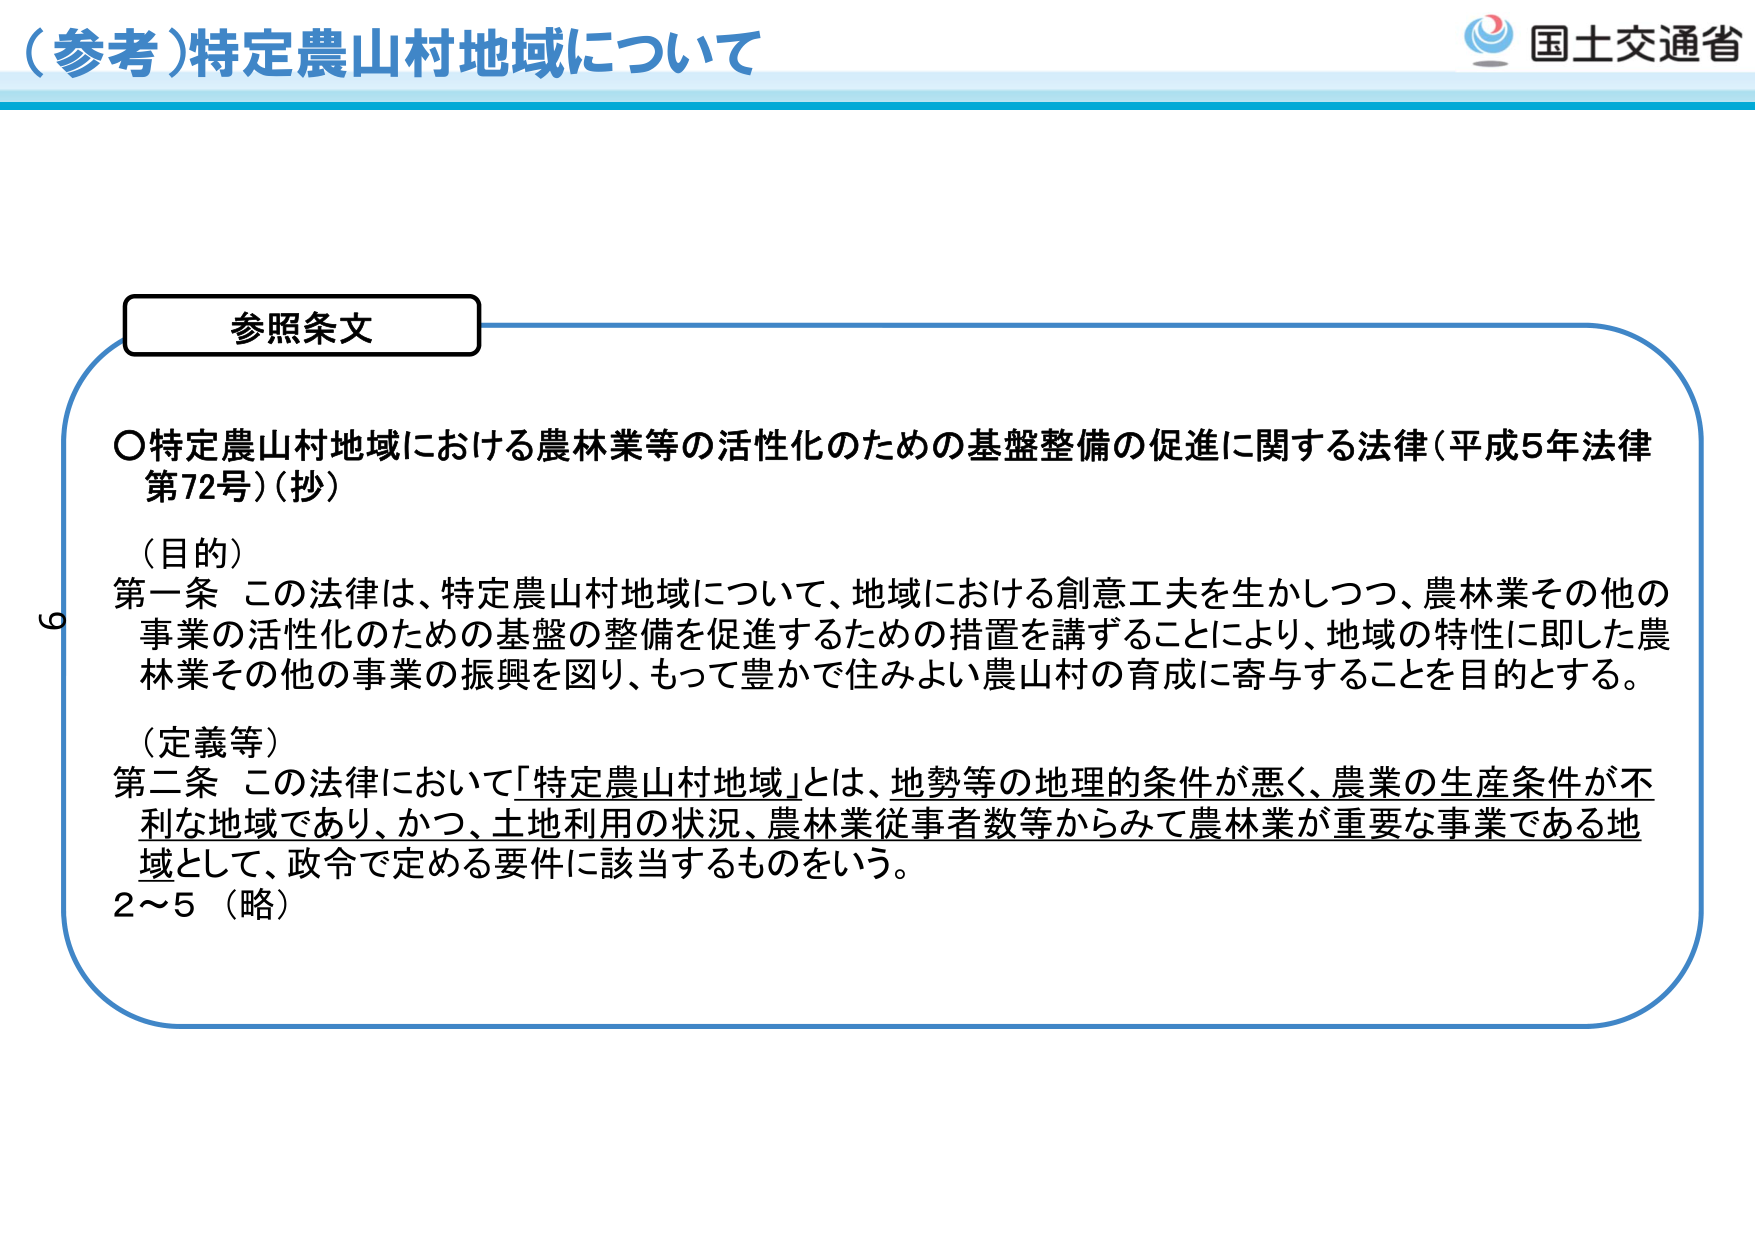
（参考）特定農山村地域について

参照条文

○特定農山村地域における農林業等の活性化のための基盤整備の促進に関する法律（平成5年法律第72号）（抄）

（目的）
第一条 この法律は、特定農山村地域について、地域における創意工夫を生かしつつ、農林業その他の事業の活性化のための基盤の整備を促進するための措置を講ずることにより、地域の特性に即した農林業その他の事業の振興を図り、もって豊かで住みよい農山村の育成に寄与することを目的とする。

（定義等）
第二条 この法律において「特定農山村地域」とは、地勢等の地理的条件が悪く、農業の生産条件が不利な地域であり、かつ、土地利用の状況、農林業従事者数等からみて農林業が重要な事業である地域として、政令で定める要件に該当するものをいう。
2～5（略）

国土交通省